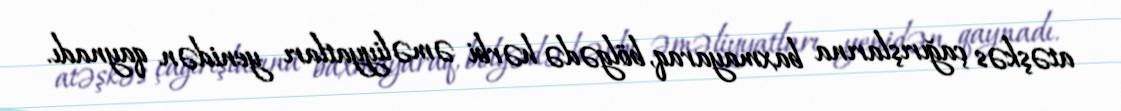
atəşkəs çağırışlarına baxmayaraq, bölgədə hərbi əməliyyatları yenidən qaynadı.